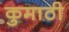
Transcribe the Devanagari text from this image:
कुमाठी